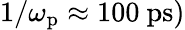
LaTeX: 1/\omega_{\mathrm{p}}\approx 100\ \mathrm{ps})